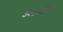
કાણકિયા